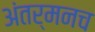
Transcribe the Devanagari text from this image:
अंतर्मनच